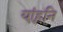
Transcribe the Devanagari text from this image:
यांहूनि